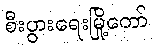
စီးပွားရေးမြို့တော်